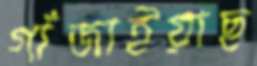
গাঁজাইয়াছ